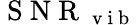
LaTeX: \mathrm{~S~N~R~}_{\mathrm{~v~i~b~}}